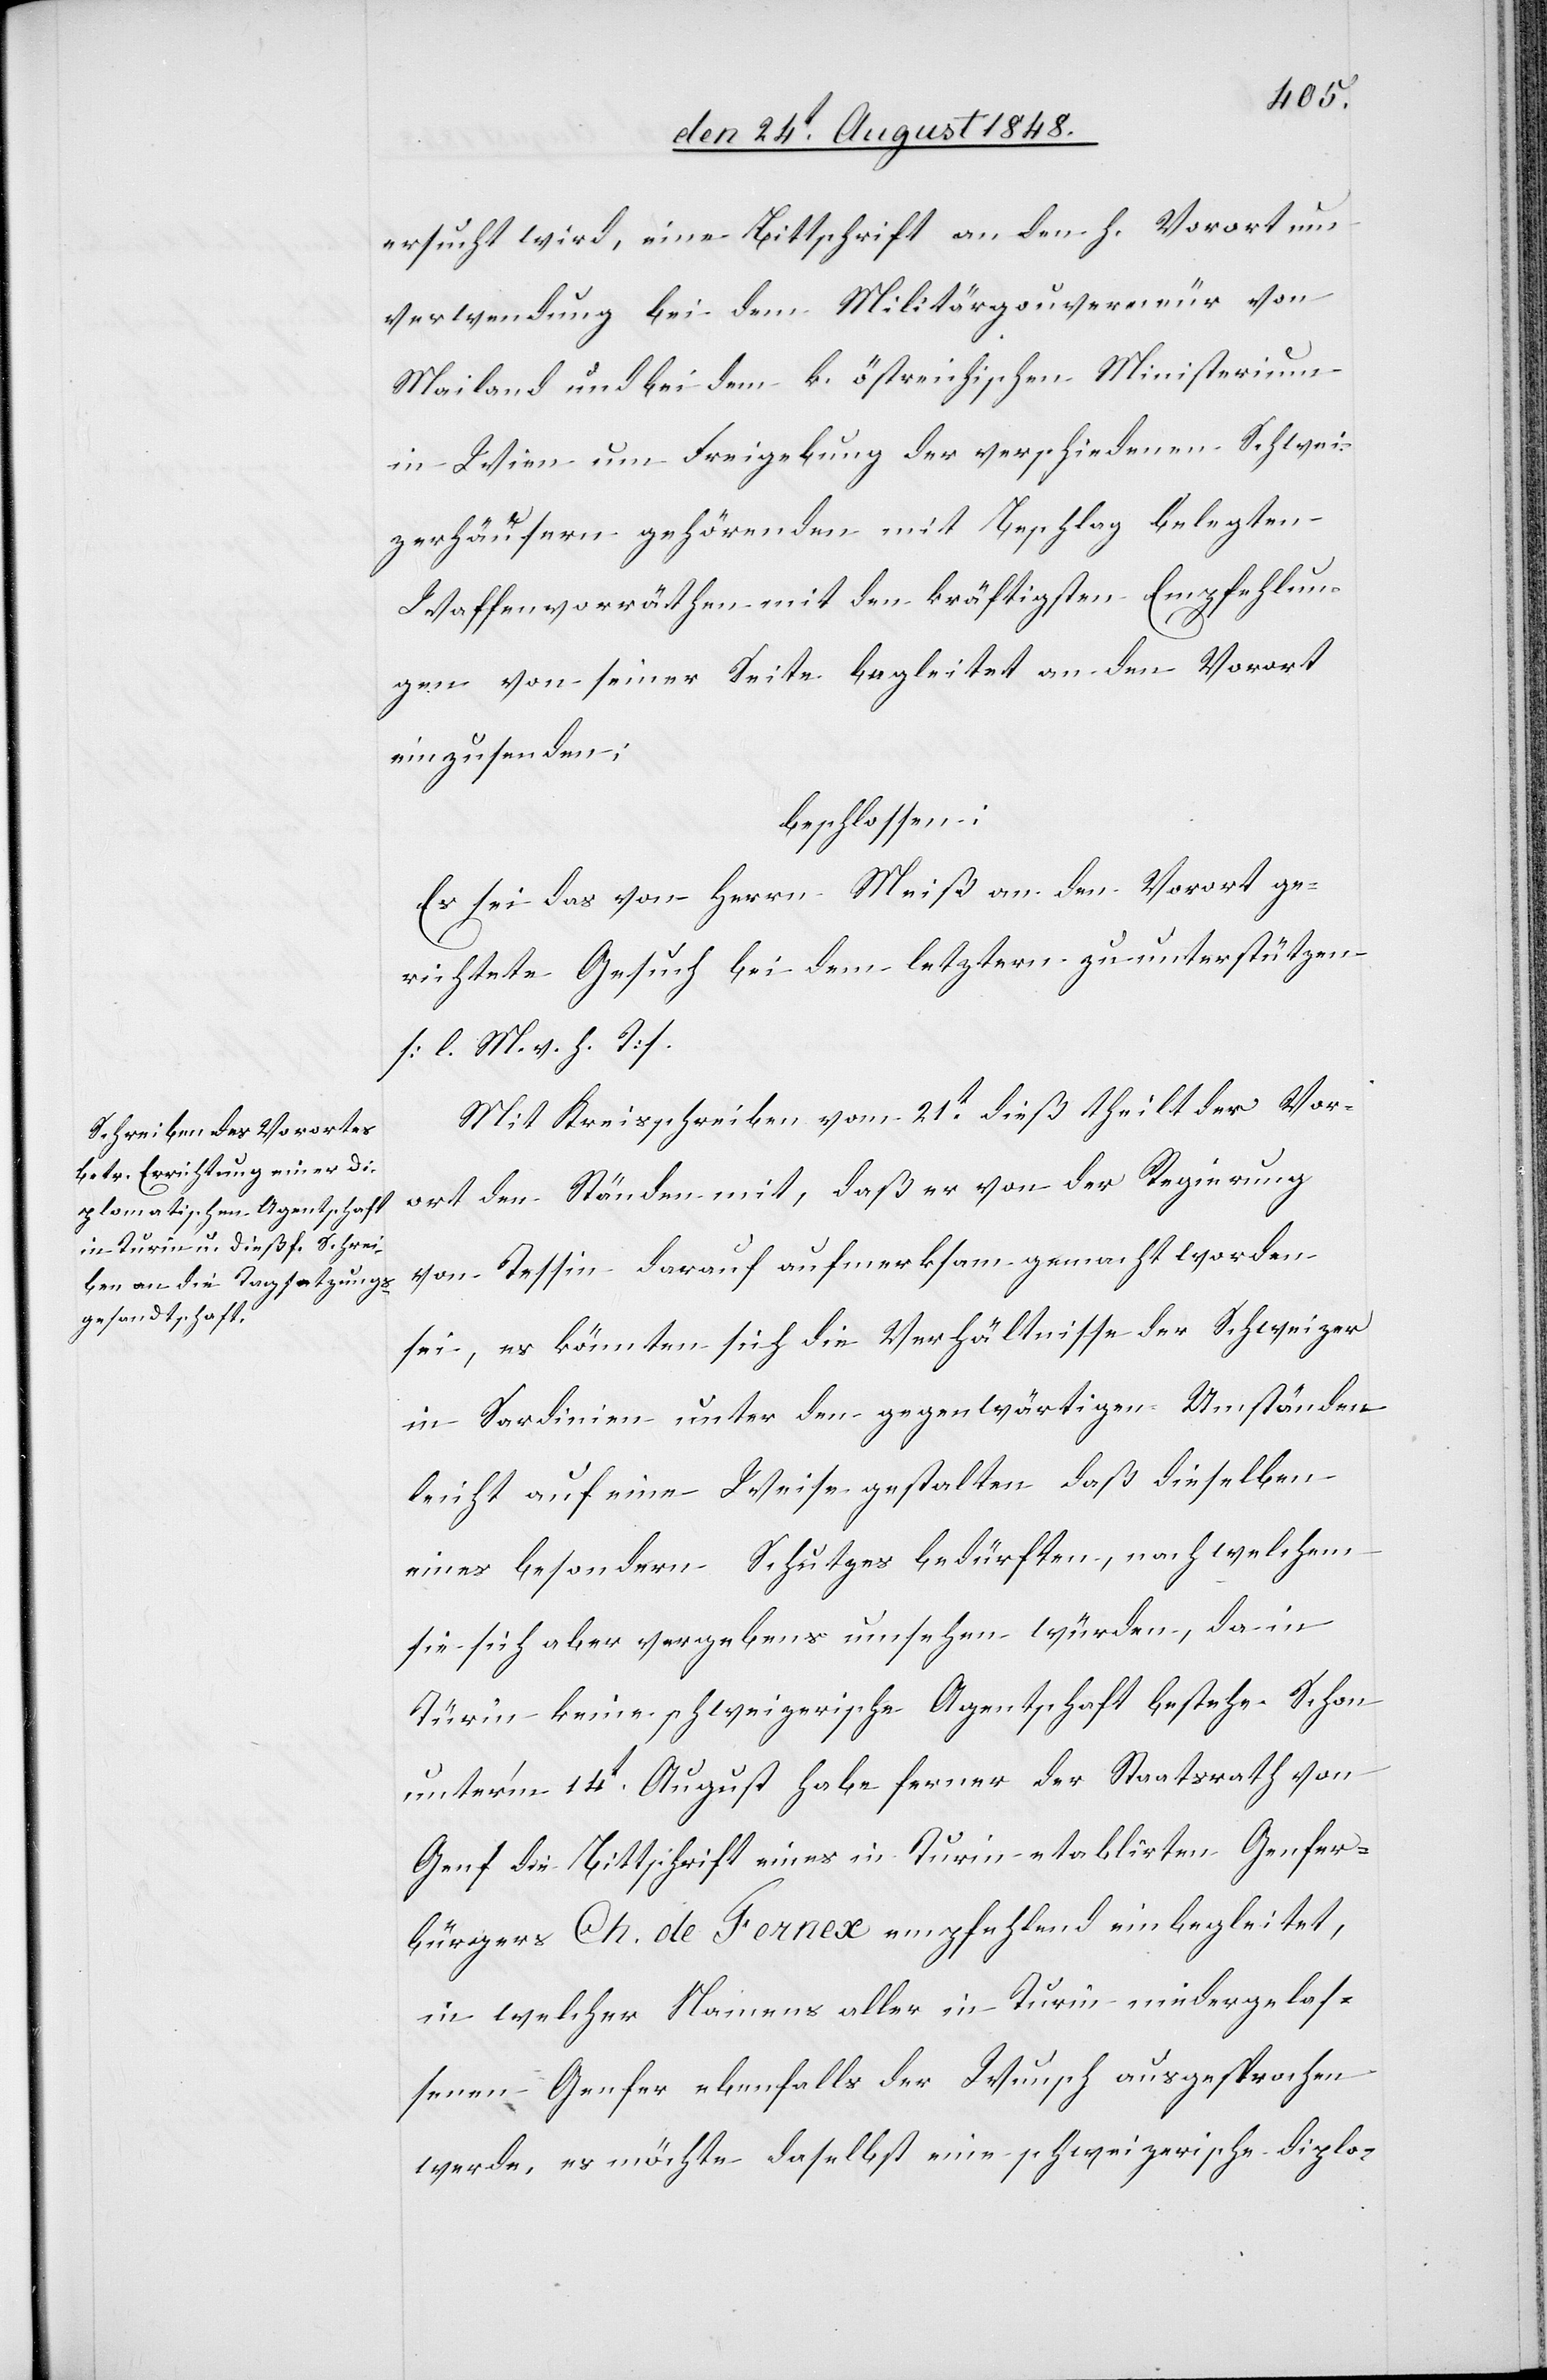
ersucht wird, eine Bittschrift an den h. Vorort um
Verwendung bei dem Militärgouverneur von
Mailand und bei dem k. östreichischen Ministerium
in Wien um Freigebung der verschiedenen Schwei¬
zerhäusern gehörenden mit Beschlag belegten
Waffenvorräthen mit den kräftigsten Empfehlun¬
gen von seiner Seite begleitet an den Vorort
einzusenden;
beschlossen:
Es sei das von Herrn Meiß an den Vorort ge¬
richtete Gesuch bei dem letztern zu unterstützen
[l. M. v. h. T].
Mit Kreisschreiben vom 21t dieß theilt der Vor¬
ort den Ständen mit, daß er von der Regierung
von Tessin darauf aufmerksam gemacht worden
sei, es könnten sich die Verhältnisse der Schweizer
in Sardinien unter den gegenwärtigen Umständen
leicht auf eine Weise gestalten daß dieselben
eines besondern Schutzen bedürften, nach welchem
sie sich aber vergebens umsehen würden, da in
keine schweizerische Agentschaft bestehe. Schon
unter’m 14t August habe ferner der Staatsrath von
Genf die Bittschrift eines in Turin etablirten Genfer¬
bürgers Ch. de Fernex empfehlend einbegleitet,
in welcher Namens aller in Turin niedergelas¬
senen Genfer ebenfalls der Wunsch ausgesprochen
werde, es möchte daselbst eine schweizerische diplo-